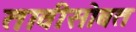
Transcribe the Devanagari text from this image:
तावीसोबत